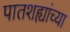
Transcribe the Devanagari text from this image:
पातशह्यांच्या